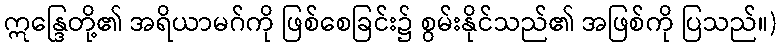
ဣန္ဒြေတို့၏ အရိယာမဂ်ကို ဖြစ်စေခြင်း၌ စွမ်းနိုင်သည်၏ အဖြစ်ကို ပြသည်။)